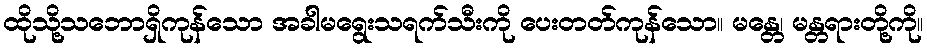
ထိုသို့သဘောရှိကုန်သော အခါမရွေးသရက်သီးကို ပေးတတ်ကုန်သော။ မန္တေ၊ မန္တရားတို့ကို။